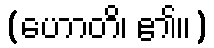
(ဟောတိ၊ ၏။)